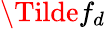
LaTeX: \Tilde{f_{d}}